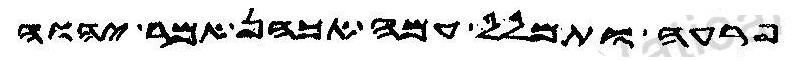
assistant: פרעה ותמלל עמה אכהן אמר יהוה